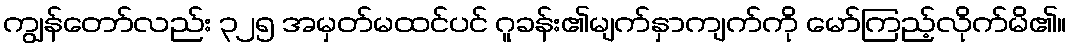
ကျွန်တော်လည်း ၃၂၅ အမှတ်မထင်ပင် ဂူခန်း၏မျက်နှာကျက်ကို မော်ကြည့်လိုက်မိ၏။